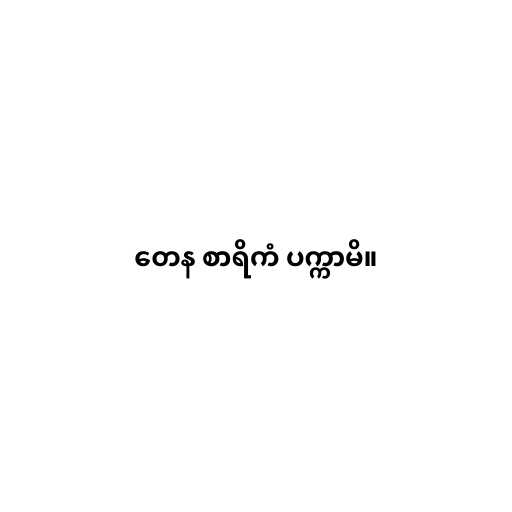
တေန စာရိကံ ပက္ကာမိ။